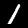
Digit: 1